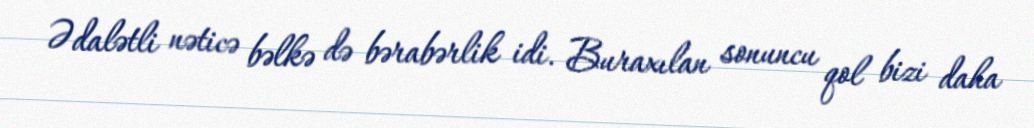
Ədalətli nəticə bəlkə də bərabərlik idi. Buraxılan sonuncu qol bizi daha